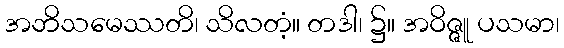
အဘိသမေဿတိ၊ သိလတံ့။ တဒါ၊ ၌။ အဝိဇ္ဇူ ပသမာ၊